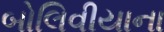
બોલિવીયાના